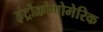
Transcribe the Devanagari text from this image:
इंट्रोक्रोमोमेरिक